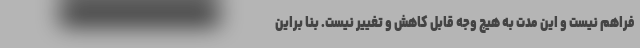
فراهم نیست و این مدت به هیچ وجه قابل کاهش و تغییر نیست. بنا براین